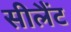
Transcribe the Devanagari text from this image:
सीलैंट